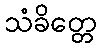
သံခိတ္တေ